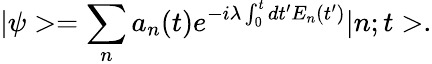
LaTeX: |\psi>=\sum_{n}a_{n}(t)e^{-i\lambda\int_{0}^{t}dt^{\prime}E_{n}(t^{\prime})}|n;t>.